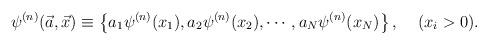
LaTeX: \begin{align*}\psi^{(n)}(\vec{a},\vec{x}) \equiv\left\{ a_1 \psi^{(n)}(x_1), a_2 \psi^{(n)}(x_2), \cdots ,a_N \psi^{(n)}(x_N) \right\}, \;\;\;\;(x_i>0).\end{align*}